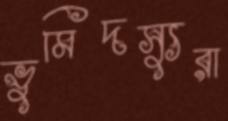
ভুমিদস্যুরা